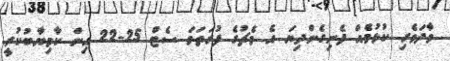
ވާދަވެރި ކުޅުމެއް ފެނިގެންދިޔަ އެ މެޗުގެ ފުރަތަމަ ސެޓް 25-22 އިން ކާމިޔާބުކުރީ